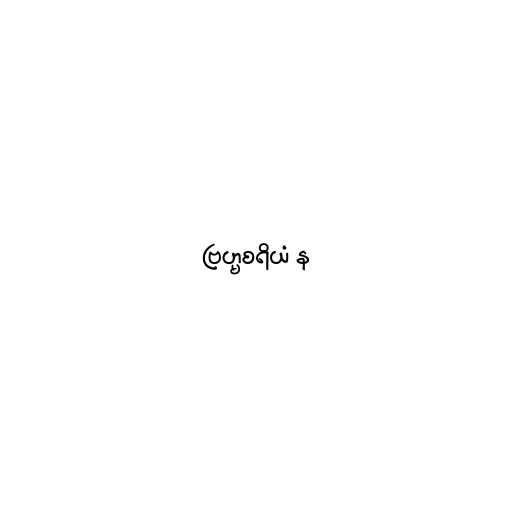
ဗြဟ္မစရိယံ န